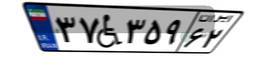
۳۷W۳۵۹۶۲